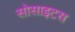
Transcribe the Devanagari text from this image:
सोसाइटस